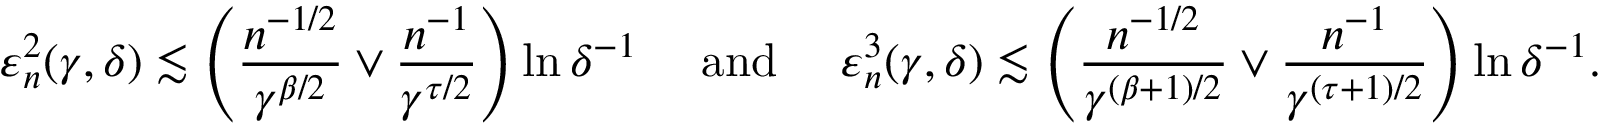
\varepsilon _ { n } ^ { 2 } ( \gamma , \delta ) \lesssim \left( \frac { n ^ { - 1 / 2 } } { \gamma ^ { \beta / 2 } } \vee \frac { n ^ { - 1 } } { \gamma ^ { \tau / 2 } } \right) \ln \delta ^ { - 1 } \quad \mathrm { ~ a n d ~ } \quad \varepsilon _ { n } ^ { 3 } ( \gamma , \delta ) \lesssim \left( \frac { n ^ { - 1 / 2 } } { \gamma ^ { ( \beta + 1 ) / 2 } } \vee \frac { n ^ { - 1 } } { \gamma ^ { ( \tau + 1 ) / 2 } } \right) \ln \delta ^ { - 1 } .